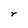
Character: r